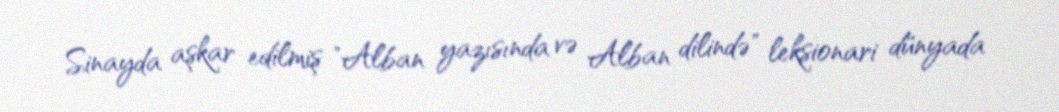
Sinayda aşkar edilmiş "Alban yazısında və Alban dilində" leksionari dünyada